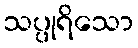
သပ္ပုရိသော